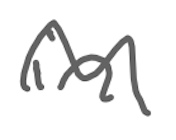
Text: in
Cross-out: wave
Writing tool: digital_gray